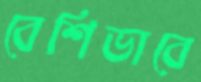
বেশিভাবে